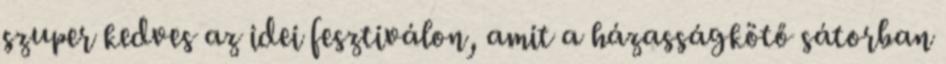
szuper kedves az idei fesztiválon, amit a házasságkötő sátorban